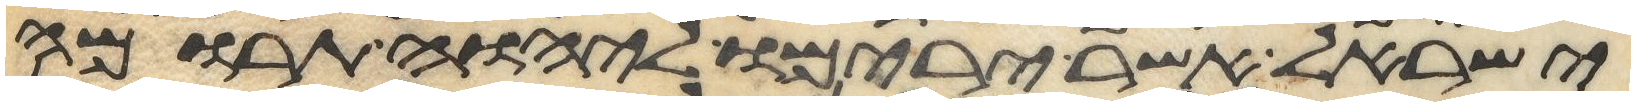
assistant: ישראל אשר ירימו ליהוה תרומה